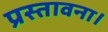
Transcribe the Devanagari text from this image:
प्रस्तावना।